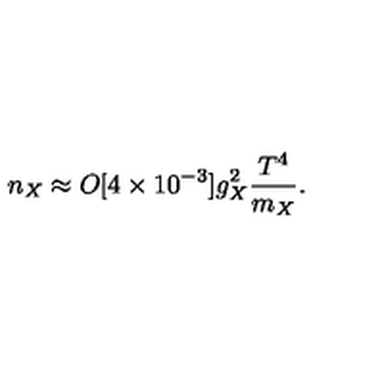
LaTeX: n _ { X } \approx O [ 4 \times 1 0 ^ { - 3 } ] g _ { X } ^ { 2 } \frac { T ^ { 4 } } { m _ { X } } .